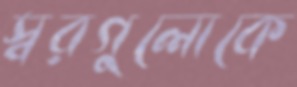
স্বরগুলোকে